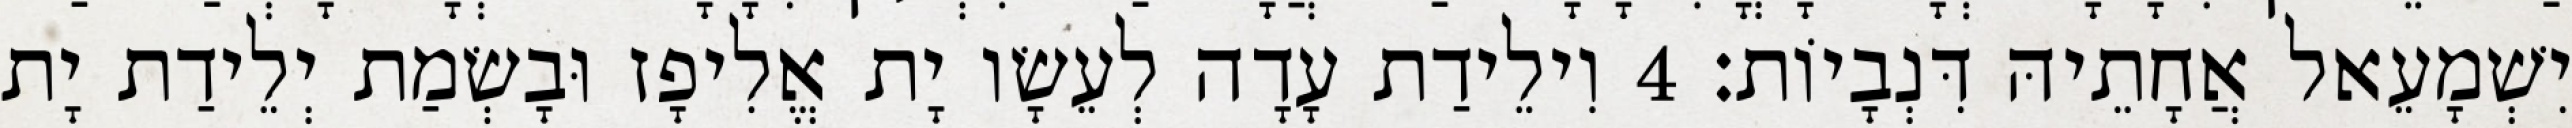
יִשְׁמָעֵאל אֲחָתֵיהּ דִּנְבָיוֹת׃ 4 וִילֵידַת עָדָה לְעֵשָׂו יָת אֱלִיפָז וּבָשְׂמַת יְלֵידַת יָת